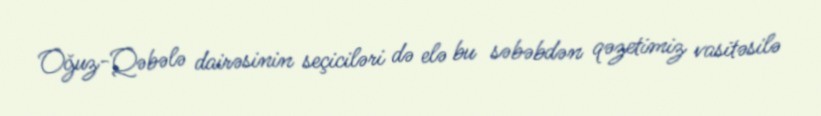
Oğuz-Qəbələ dairəsinin seçiciləri də elə bu səbəbdən qəzetimiz vasitəsilə